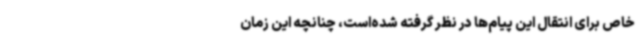
خاص برای انتقال این پیام‌ها در نظر گرفته شده‌است، چنانچه این زمان